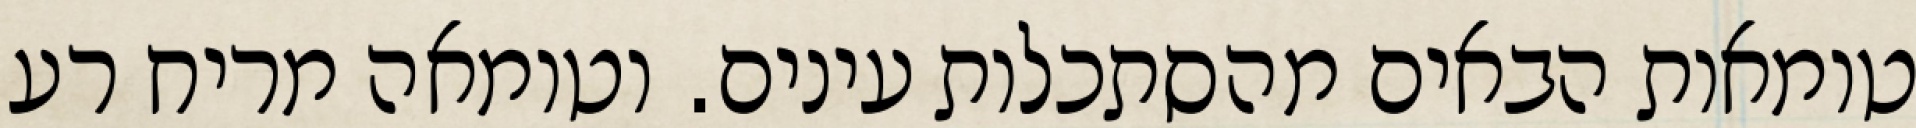
טומאות הבאים מהסתכלות עינים. וטומאה מריח רע